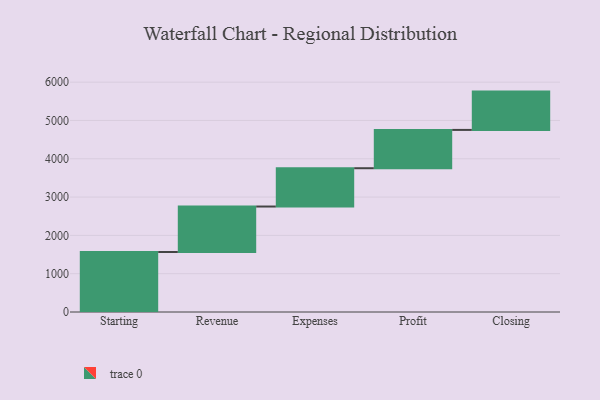
{"axis": {"x": "Step", "y": "Value"}, "legend": [""], "data": [{"x": "Starting", "y": 1566.0, "type": ""}, {"x": "Revenue", "y": 1187.0, "type": ""}, {"x": "Expenses", "y": 1000, "type": ""}, {"x": "Profit", "y": 1000, "type": ""}, {"x": "Closing", "y": 1000, "type": ""}]}